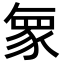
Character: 𮙠